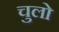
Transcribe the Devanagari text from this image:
चुलो